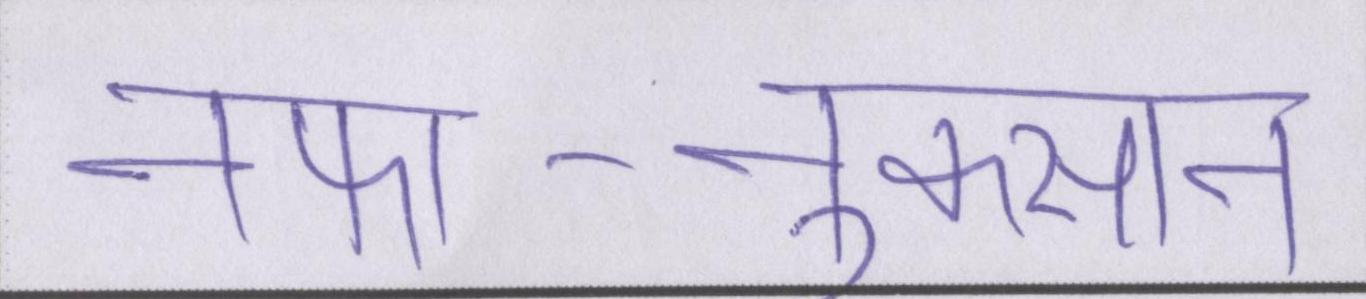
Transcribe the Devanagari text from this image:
नफा-नुकसान